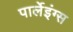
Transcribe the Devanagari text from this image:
पार्लेइंग्स